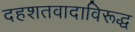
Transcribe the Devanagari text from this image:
दहशतवादाविरूद्ध